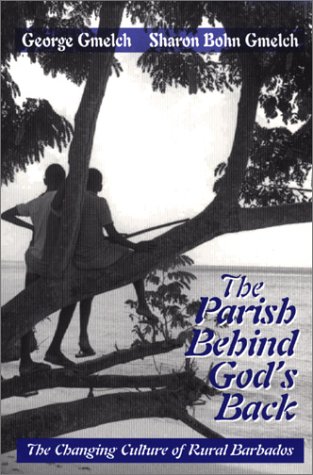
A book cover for The Parish Behind God's Back: The Changing of Rural Barbados; George Gmelch; Travel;